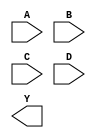
module sky130_fd_sc_hdll__nor4 (
    //# {{data|Data Signals}}
    input  A,
    input  B,
    input  C,
    input  D,
    output Y
);

    // Voltage supply signals
    supply1 VPWR;
    supply0 VGND;
    supply1 VPB ;
    supply0 VNB ;

endmodule